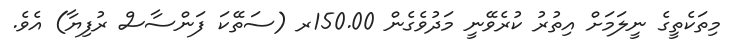
މިތަކެތީގެ ނީލަމަށް އިތުރު ކުރެވޭނީ މަދުވެގެން 150.00ރ (ސަތޭކަ ފަންސާސް ރުފިޔާ) އެވެ.